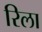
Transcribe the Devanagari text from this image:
रिला